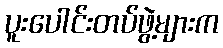
ပူးပေါင်းတပ်ဖွဲ့များက